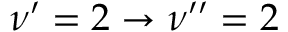
\nu ^ { \prime } = 2 \rightarrow \nu ^ { \prime \prime } = 2